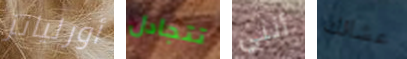
أورليانز تتجادل أنني عشائك